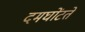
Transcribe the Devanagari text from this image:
दमघोंटते